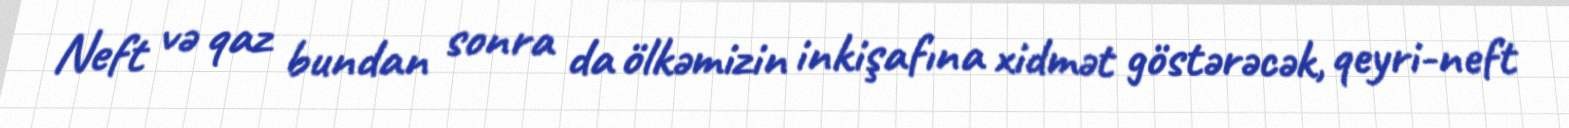
Neft və qaz bundan sonra da ölkəmizin inkişafına xidmət göstərəcək, qeyri-neft